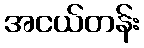
အငယ်တန်း